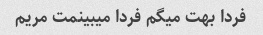
فردا بهت میگم فردا میبینمت مریم